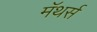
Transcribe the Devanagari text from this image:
मॅथर्स